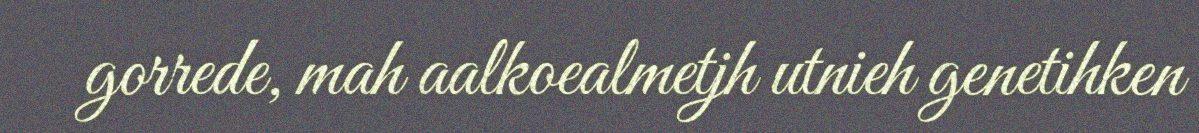
gorrede, mah aalkoealmetjh utnieh genetihken